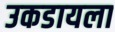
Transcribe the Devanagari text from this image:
उकडायला